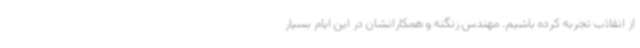
از انقلاب تجربه کرده باشیم. مهندس زنگنه و همکارانشان در این ایام بسیار